Annual administration report of the Civil Veterinary Department of India - 1900-1901
Year: 1900
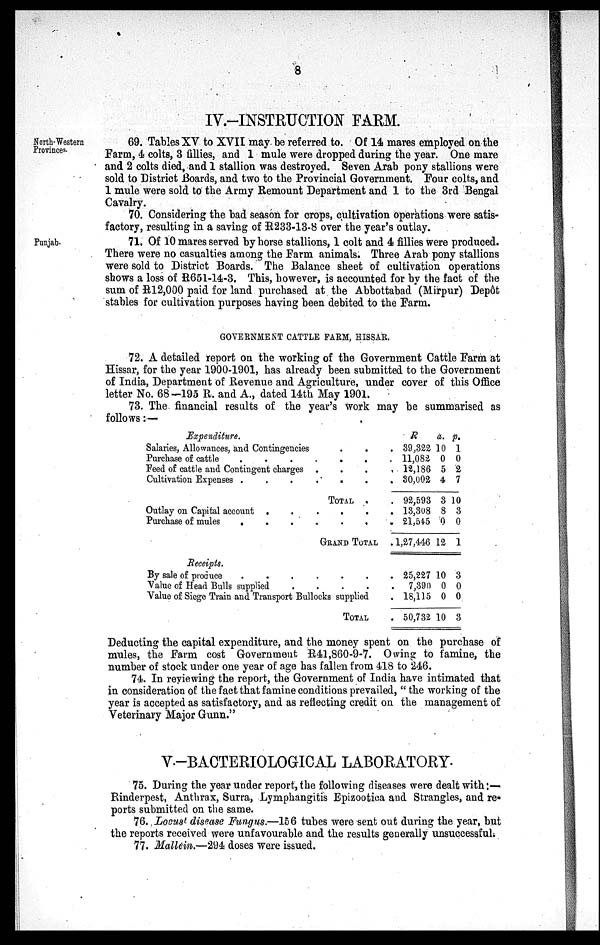
8
IV.-INSTRUCTION FARM.
North-Western
Provinces.
69. Tables XV to XVII may be referred to. Of 14 mares employed on the
Farm, 4 colts, 3 fillies, and 1 mule were dropped during the year. One mare
and 2 colts died, and 1 stallion was destroyed. Seven Arab pony stallions were
sold to District Boards, and two to the Provincial Government. Four colts, and
1 mule were sold to the Army Remount Department and 1 to the 3rd Bengal
Cavalry.
70. Considering the bad season for crops, cultivation operations were satis-
factory, resulting in a saving of R233-13-8 over the year's outlay.
Punjab.
71. Of 10 mares served by horse stallions, 1 colt and 4 fillies were produced.
There were no casualties among the Farm animals. Three Arab pony stallions
were sold to District Boards. The Balance sheet of cultivation operations
shows a loss of R651-14-3. This, however, is accounted for by the fact of the
sum of R12,000 paid for land purchased at the Abbottabad (Mirpur) Depôt
stables for cultivation purposes having been debited to the Farm.
GOVERNMENT CATTLE FARM, HISSAR.
72. A detailed report on the working of the Government Cattle Farm at
Hissar, for the year 1900-1901, has already been submitted to the Government
of India, Department of Revenue and Agriculture, under cover of this Office
letter No. 68-195 R. and A., dated 14th May 1901.
73. The financial results of the year's work may be summarised as
follows:—
Expenditure.
Salaries, Allowances, and Contingencies
Purchase of cattle
.
.
.
.
.
.
.
Feed of cattle and Contingent charges . . . . .
Cultivation Expenses .
.
.
.
.
.
.
TOTAL . .
Outlay on Capital account .
.
.
.
.
.
Purchase of mules
.
.
.
.
.
.
GRAND TOTAL .
Receipts.
By sale of produce
.
.
.
.
.
.
.
Value of Head Bulls supplied
. . . . . .
Value of Siege Train and Transport Bullocks supplied
TOTAL
R
39,322
11,082
12,186
30,002
92,593
13,308
21,545
1,27,446
25,227
7,39a
18,115
50,732
a.
10
0
5
4
3
8
0
12
10
0
0
10
p.
1
0
2
7
10
3
0
1
3
0
0
3
Deducting the capital expenditure, and the money spent on the purchase of
mules, the Farm cost Government R41,860-9-7. Owing to famine, the
number of stock under one year of age has fallen from 418 to 246.
74. In reyiewing the report, the Government of India have intimated that
in consideration of the fact that famine conditions prevailed, "the working of the
year is accepted as satisfactory, and as reflecting credit on the management of
Veterinary Major Gunn."
V-BACTERIOLOGICAL LABORATORY.
75. During the year under report, the following diseases were dealt with:-
Rinderpest, Anthrax, Surra, Lymphangitis Epizootica and Strangles, and re-
ports submitted on the same.
76. Locust disease Fungus.—156 tubes were sent out during the year, but
the reports received were unfavourable and the results generally unsuccessful.
77. Mallein.—294 doses were issued.